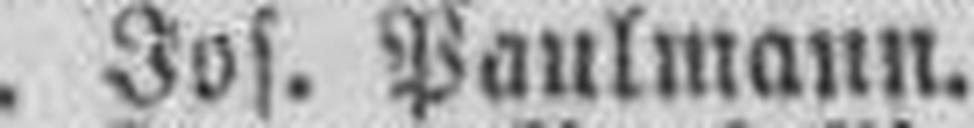
Jos. Paulmann.